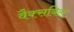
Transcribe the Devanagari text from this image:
वैक्सबिल